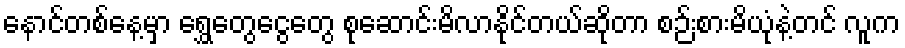
နောင်တစ်နေ့မှာ ရွှေတွေငွေတွေ စုဆောင်းမိလာနိုင်တယ်ဆိုတာ စဉ်းစားမိယုံနဲ့တင် လူက